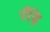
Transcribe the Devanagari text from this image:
गैंड़े